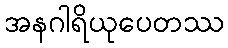
အနဂါရိယုပေတဿ